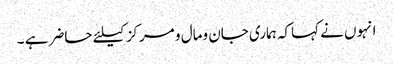
انہوں نے کہاکہ ہماری جان ومال و مرکزکیلئے حاضر ہے ۔